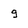
Character: g